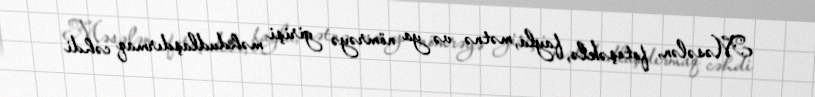
Məsələn, fotoşəklə, fayla, mətnə və ya nömrəyə girişi məhdudlaşdırmaq cəhdi